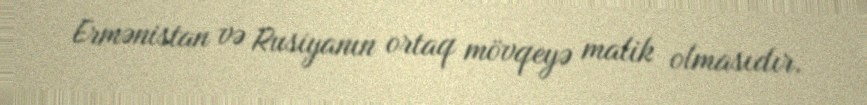
Ermənistan və Rusiyanın ortaq mövqeyə malik olmasıdır.